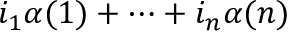
i _ { 1 } \alpha ( 1 ) + \cdots + i _ { n } \alpha ( n )